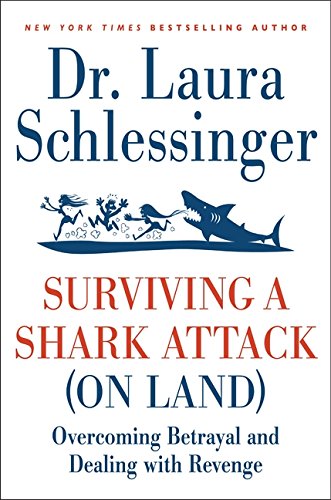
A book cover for Surviving a Shark Attack (on Land): Overcoming Betrayal and Dealing with Revenge; Dr. Laura Schlessinger; Self-Help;